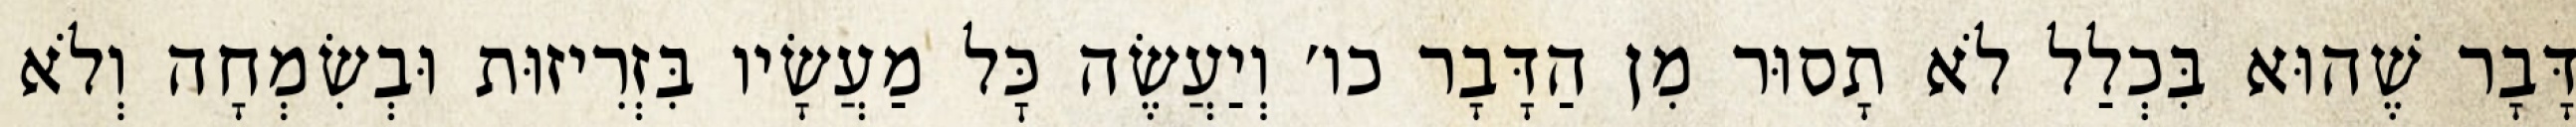
דָּבָר שֶׁהוּא בִּכְלַל לֹא תָסוּר מִן הַדָּבָר כו׳ וְיַעֲשֶׂה כׇּל מַעֲשָׂיו בִּזְרִיזוּת וּבְשִׂמְחָה וְלֹא